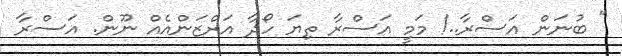
" ބުނަން އަސްރާ..! މަމީ އަސްރާ ތިޔަ ހޯދާ އަރްޒަންއެއް ނޫން. އަސްރާ